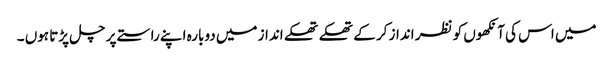
میں اس کی آنکھوں کو نظر انداز کر کے تھکے تھکے انداز میں دوبارہ اپنے راستے پر چل پڑتا ہوں ۔